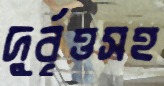
দুর্বৃত্তসহ